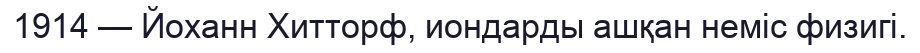
1914 — Йоханн Хитторф, иондарды ашқан неміс физигі.